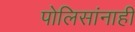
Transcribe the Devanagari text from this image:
पोलिसांनाही